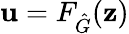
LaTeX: \mathbf{u}=F_{\hat{G}}(\mathbf{z})